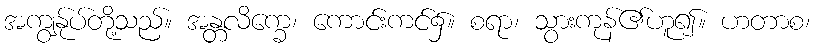
အကျွန်ုပ်တို့သည်။ အန္တလိက္ခေ၊ ကောင်းကင်၌။ စရာ၊ သွားကုန်၏ဟူ၍။ ဟတာစ၊